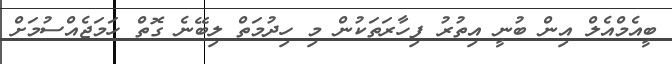
ބީއެމްއެލް އިން ބުނީ އިތުރު ފިހާރަތަކުން މި ހިދުމަތް ލިބޭނެ ގޮތް ހަމަޖެއްސުމަށް